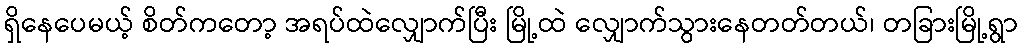
ရှိနေပေမယ့် စိတ်ကတော့ အရပ်ထဲလျှောက်ပြီး မြို့ထဲ လျှောက်သွားနေတတ်တယ်၊ တခြားမြို့ရွာ